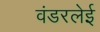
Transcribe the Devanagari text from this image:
वंडरलेई